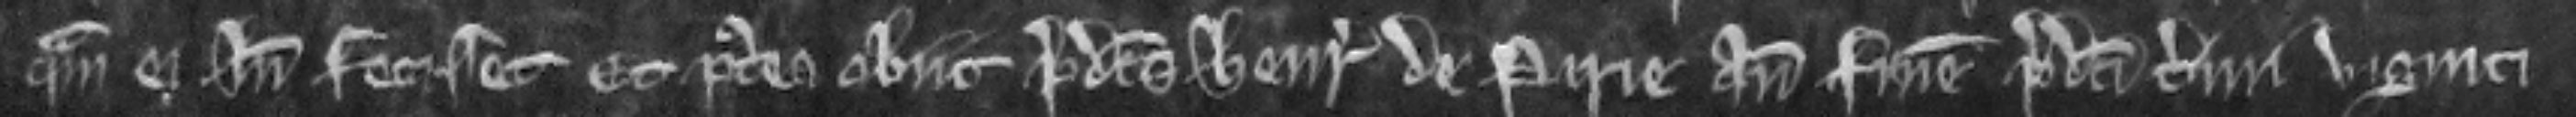
quam ei inde fecisset. Et postea obit predictus Henricus de Pirie ante finem predicti termini viginti